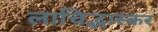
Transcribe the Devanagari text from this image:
लाचिद्भास्कर